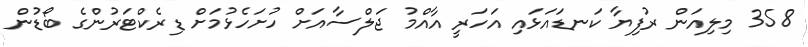
358 މިލިއަން ރުފިޔާ ކަނޑައަޅައި އަހަރީ އާއްމު ޖަލްސާއަށް ހުށަހެޅުމަށް ޑިރެކްޓަރުންގެ ބޯޑުން